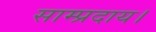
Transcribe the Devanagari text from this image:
साम्प्रदाय।